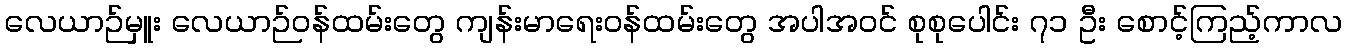
လေယာဉ်မှူး လေယာဉ်ဝန်ထမ်းတွေ ကျန်းမာရေးဝန်ထမ်းတွေ အပါအဝင် စုစုပေါင်း ၇၁ ဦး စောင့်ကြည့်ကာလ